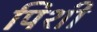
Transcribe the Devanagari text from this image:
पिशी